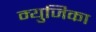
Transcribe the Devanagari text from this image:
म्युजिका